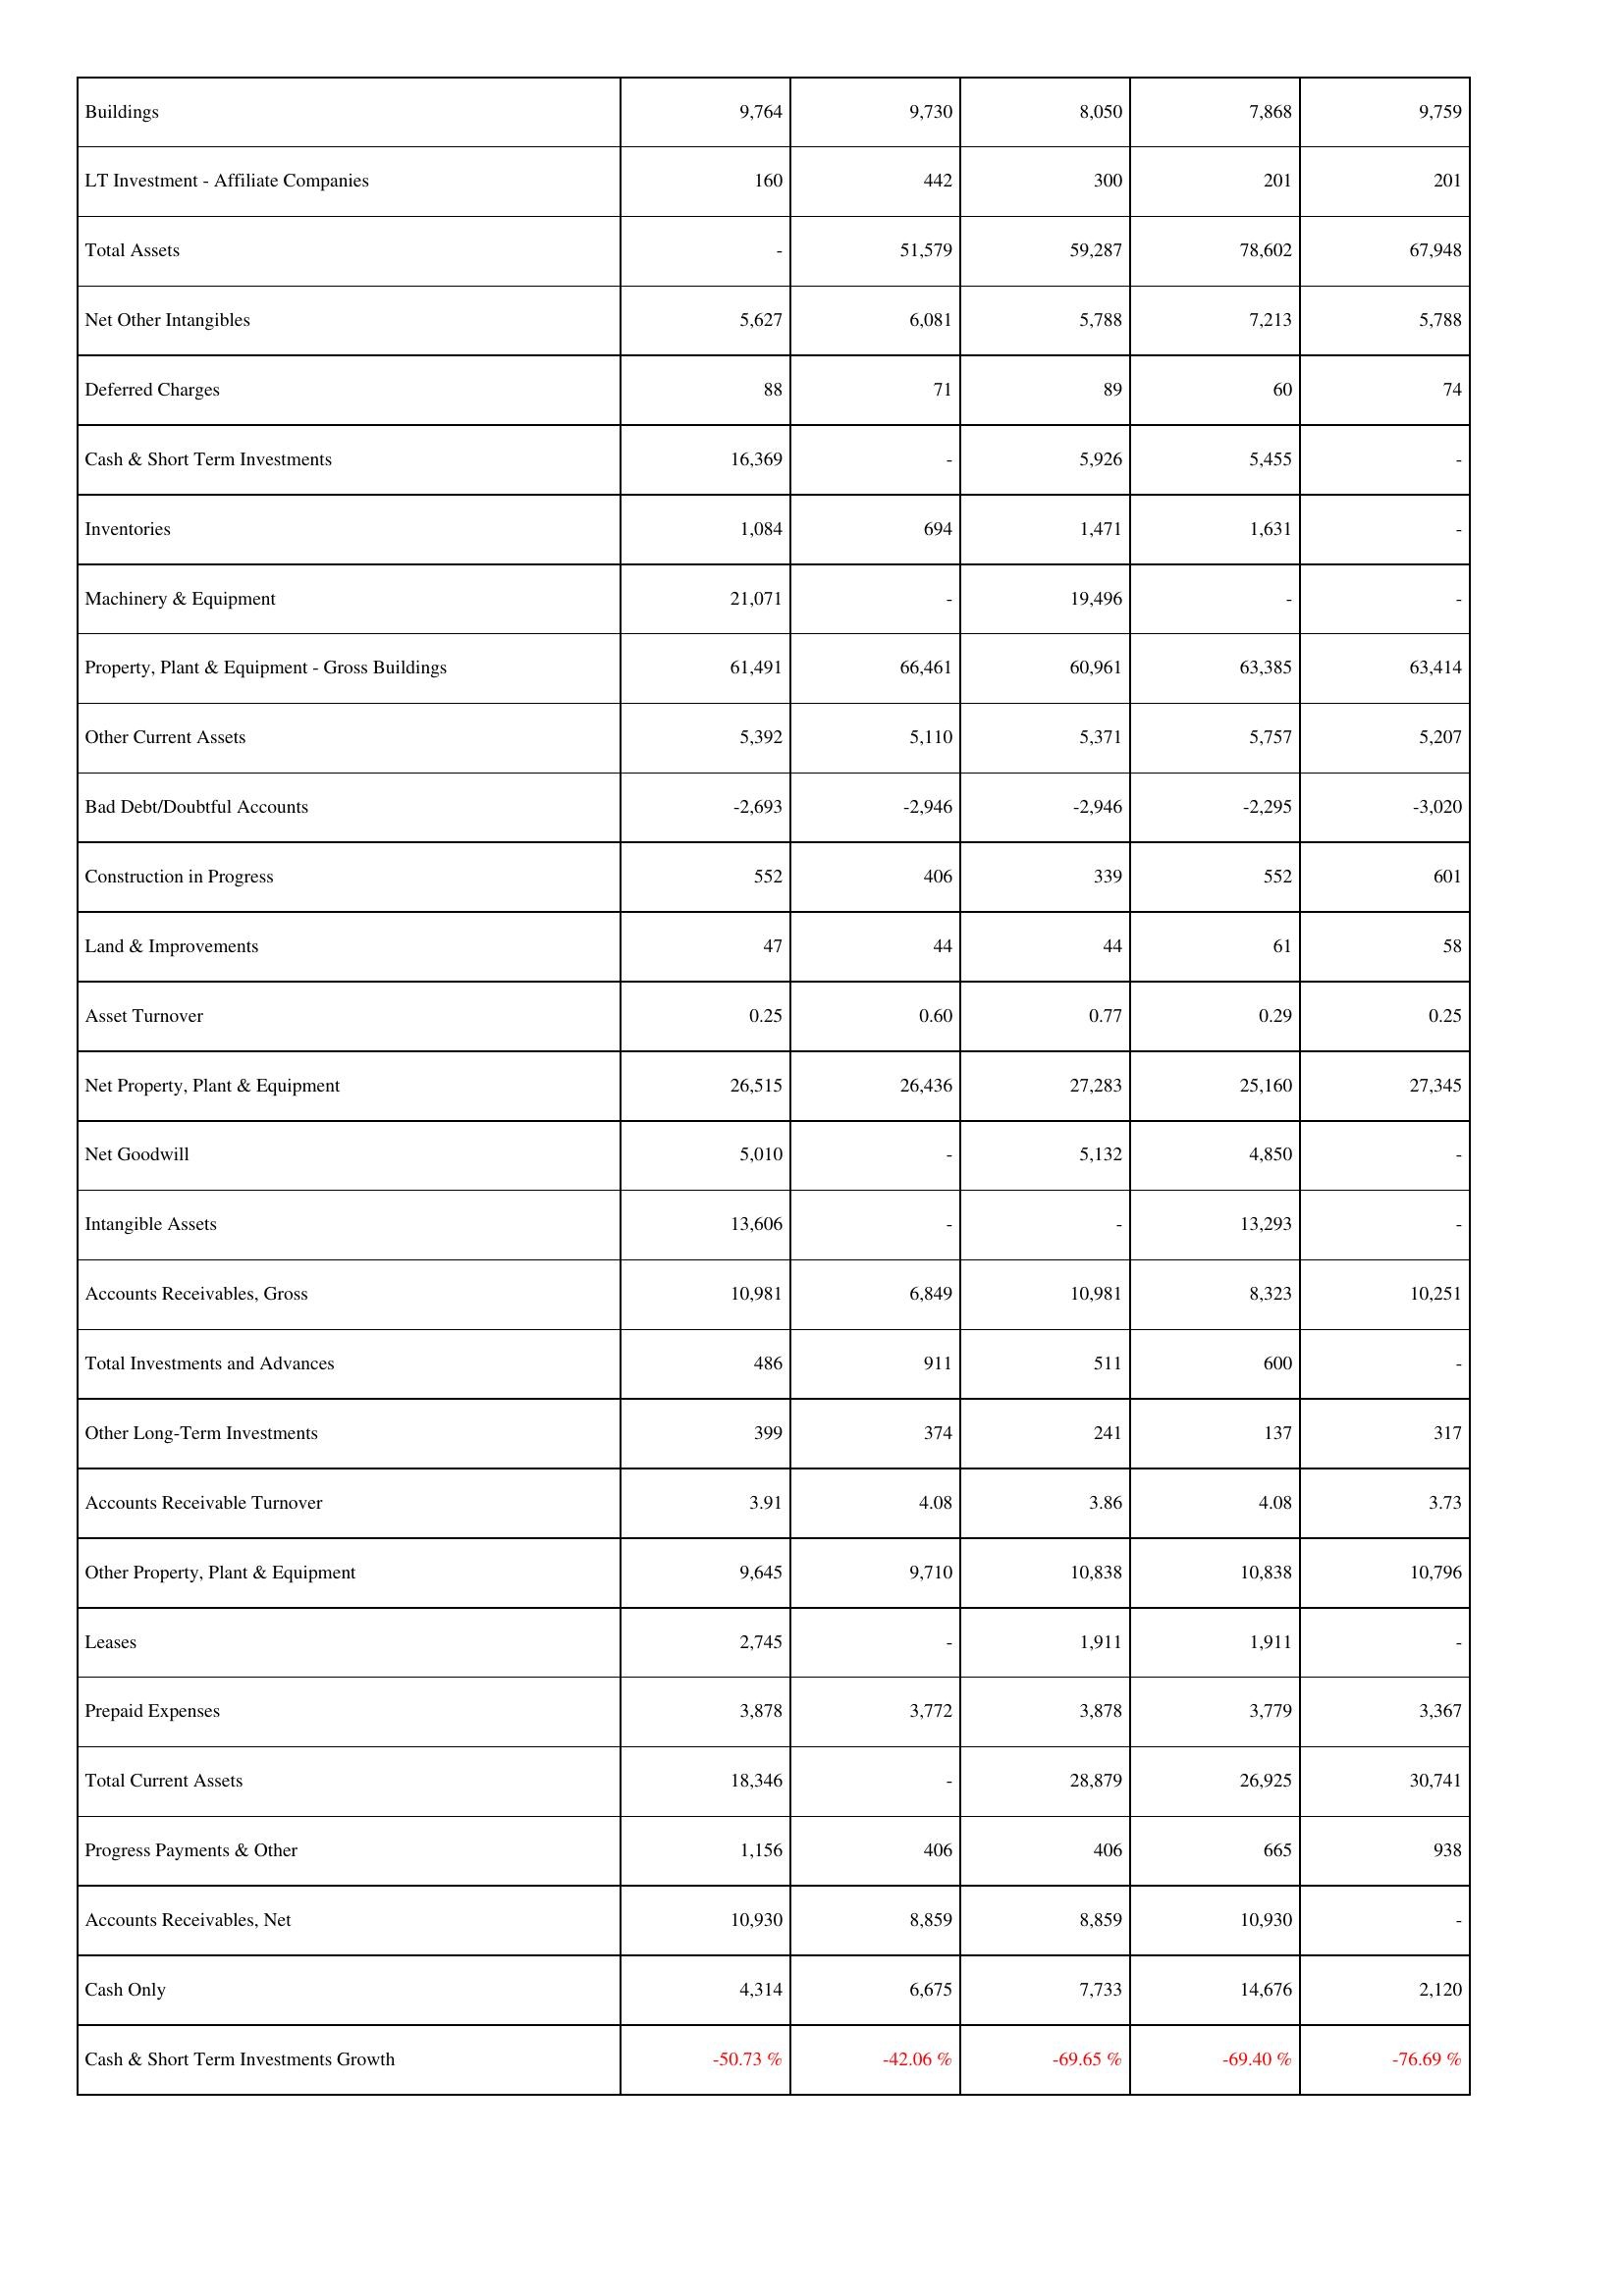
2016: Assets: Buildings: 9,764
LT Investment - Affiliate Companies: 160
Total Assets: -
Net Other Intangibles: 5,627
Deferred Charges: 88
Cash & Short Term Investments: 16,369
Inventories: 1,084
Machinery & Equipment: 21,071
Property, Plant & Equipment - Gross Buildings: 61,491
Other Current Assets: 5,392
Bad Debt/Doubtful Accounts: -2,693
Construction in Progress: 552
Land & Improvements: 47
Asset Turnover: 0.25
Net Property, Plant & Equipment: 26,515
Net Goodwill: 5,010
Intangible Assets: 13,606
Accounts Receivables, Gross: 10,981
Total Investments and Advances: 486
Other Long-Term Investments: 399
Accounts Receivable Turnover: 3.91
Other Property, Plant & Equipment: 9,645
Leases: 2,745
Prepaid Expenses: 3,878
Total Current Assets: 18,346
Progress Payments & Other: 1,156
Accounts Receivables, Net: 10,930
Cash Only: 4,314
Cash & Short Term Investments Growth: -50.73 %
2017: Assets: Buildings: 9,730
LT Investment - Affiliate Companies: 442
Total Assets: 51,579
Net Other Intangibles: 6,081
Deferred Charges: 71
Cash & Short Term Investments: -
Inventories: 694
Machinery & Equipment: -
Property, Plant & Equipment - Gross Buildings: 66,461
Other Current Assets: 5,110
Bad Debt/Doubtful Accounts: -2,946
Construction in Progress: 406
Land & Improvements: 44
Asset Turnover: 0.60
Net Property, Plant & Equipment: 26,436
Net Goodwill: -
Intangible Assets: -
Accounts Receivables, Gross: 6,849
Total Investments and Advances: 911
Other Long-Term Investments: 374
Accounts Receivable Turnover: 4.08
Other Property, Plant & Equipment: 9,710
Leases: -
Prepaid Expenses: 3,772
Total Current Assets: -
Progress Payments & Other: 406
Accounts Receivables, Net: 8,859
Cash Only: 6,675
Cash & Short Term Investments Growth: -42.06 %
2018: Assets: Buildings: 8,050
LT Investment - Affiliate Companies: 300
Total Assets: 59,287
Net Other Intangibles: 5,788
Deferred Charges: 89
Cash & Short Term Investments: 5,926
Inventories: 1,471
Machinery & Equipment: 19,496
Property, Plant & Equipment - Gross Buildings: 60,961
Other Current Assets: 5,371
Bad Debt/Doubtful Accounts: -2,946
Construction in Progress: 339
Land & Improvements: 44
Asset Turnover: 0.77
Net Property, Plant & Equipment: 27,283
Net Goodwill: 5,132
Intangible Assets: -
Accounts Receivables, Gross: 10,981
Total Investments and Advances: 511
Other Long-Term Investments: 241
Accounts Receivable Turnover: 3.86
Other Property, Plant & Equipment: 10,838
Leases: 1,911
Prepaid Expenses: 3,878
Total Current Assets: 28,879
Progress Payments & Other: 406
Accounts Receivables, Net: 8,859
Cash Only: 7,733
Cash & Short Term Investments Growth: -69.65 %
2019: Assets: Buildings: 7,868
LT Investment - Affiliate Companies: 201
Total Assets: 78,602
Net Other Intangibles: 7,213
Deferred Charges: 60
Cash & Short Term Investments: 5,455
Inventories: 1,631
Machinery & Equipment: -
Property, Plant & Equipment - Gross Buildings: 63,385
Other Current Assets: 5,757
Bad Debt/Doubtful Accounts: -2,295
Construction in Progress: 552
Land & Improvements: 61
Asset Turnover: 0.29
Net Property, Plant & Equipment: 25,160
Net Goodwill: 4,850
Intangible Assets: 13,293
Accounts Receivables, Gross: 8,323
Total Investments and Advances: 600
Other Long-Term Investments: 137
Accounts Receivable Turnover: 4.08
Other Property, Plant & Equipment: 10,838
Leases: 1,911
Prepaid Expenses: 3,779
Total Current Assets: 26,925
Progress Payments & Other: 665
Accounts Receivables, Net: 10,930
Cash Only: 14,676
Cash & Short Term Investments Growth: -69.40 %
2020: Assets: Buildings: 9,759
LT Investment - Affiliate Companies: 201
Total Assets: 67,948
Net Other Intangibles: 5,788
Deferred Charges: 74
Cash & Short Term Investments: -
Inventories: -
Machinery & Equipment: -
Property, Plant & Equipment - Gross Buildings: 63,414
Other Current Assets: 5,207
Bad Debt/Doubtful Accounts: -3,020
Construction in Progress: 601
Land & Improvements: 58
Asset Turnover: 0.25
Net Property, Plant & Equipment: 27,345
Net Goodwill: -
Intangible Assets: -
Accounts Receivables, Gross: 10,251
Total Investments and Advances: -
Other Long-Term Investments: 317
Accounts Receivable Turnover: 3.73
Other Property, Plant & Equipment: 10,796
Leases: -
Prepaid Expenses: 3,367
Total Current Assets: 30,741
Progress Payments & Other: 938
Accounts Receivables, Net: -
Cash Only: 2,120
Cash & Short Term Investments Growth: -76.69 %